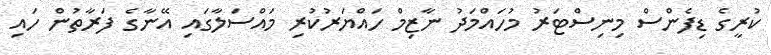
ކުރީގެ ޑިފެންސް މިނިސްޓަރު މުހައްމަދު ނާޒިމް ހައްޔަރުކުރި މައްސަލާގައި އޭނާގެ ފަރާތުން ހައި